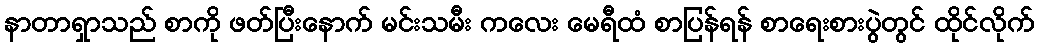
နာတာရှာသည် စာကို ဖတ်ပြီးနောက် မင်းသမီး ကလေး မေရီထံ စာပြန်ရန် စာရေးစားပွဲတွင် ထိုင်လိုက်